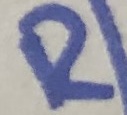
Text: R